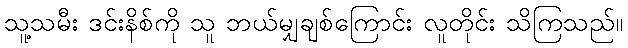
သူ့သမီး ဒင်းနိစ်ကို သူ ဘယ်မျှချစ်ကြောင်း လူတိုင်း သိကြသည်။